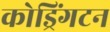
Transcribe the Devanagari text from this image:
कोड्रिंगटन